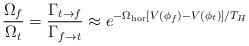
LaTeX: \begin{align*}{ \Omega_f \over \Omega_t} = {\Gamma_{t\rightarrow f} \over \Gamma_{f\rightarrow t}} \approx e^{-\Omega_{\rm hor} [V(\phi_f) - V(\phi_t)]/T_H }\end{align*}